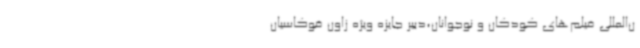
ن‌المللی فیلم‌های کودکان و نوجوانان،دبیر جایزه ویژه زاون قوکاسیان